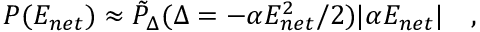
P ( E _ { n e t } ) \approx \tilde { P } _ { \Delta } ( \Delta = - \alpha E _ { n e t } ^ { 2 } / 2 ) | \alpha E _ { n e t } | \quad ,